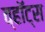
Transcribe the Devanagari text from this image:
व्हॉट्स